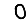
Digit: 0